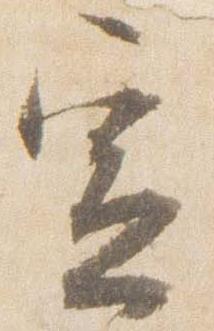
宣